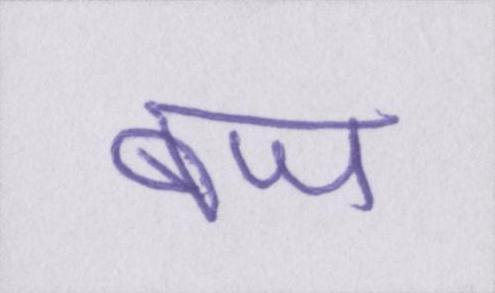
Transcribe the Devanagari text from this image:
बज